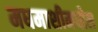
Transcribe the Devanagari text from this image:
मधमाशीमधील